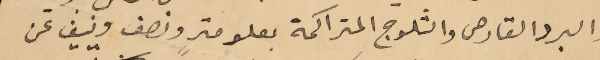
والبرد القارص والثلوج المتراكمة بعلو متر ونصف ونيف عن